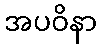
အပဝိနာ